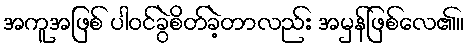
အကူအဖြစ် ပါဝင်ခွဲစိတ်ခဲ့တာလည်း အမှန်ဖြစ်လေ၏။